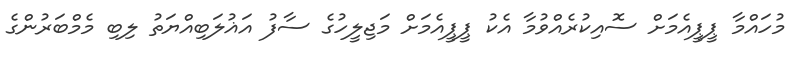
މުހައްމާ ޕީޕީއެމަށް ސޮއިކުރެއްވުމާ އެކު ޕީޕީއެމަށް މަޖިލީހުގެ ސާފު އަޣުލަބިއްޔަތު ލިބި މެމްބަރުންގެ